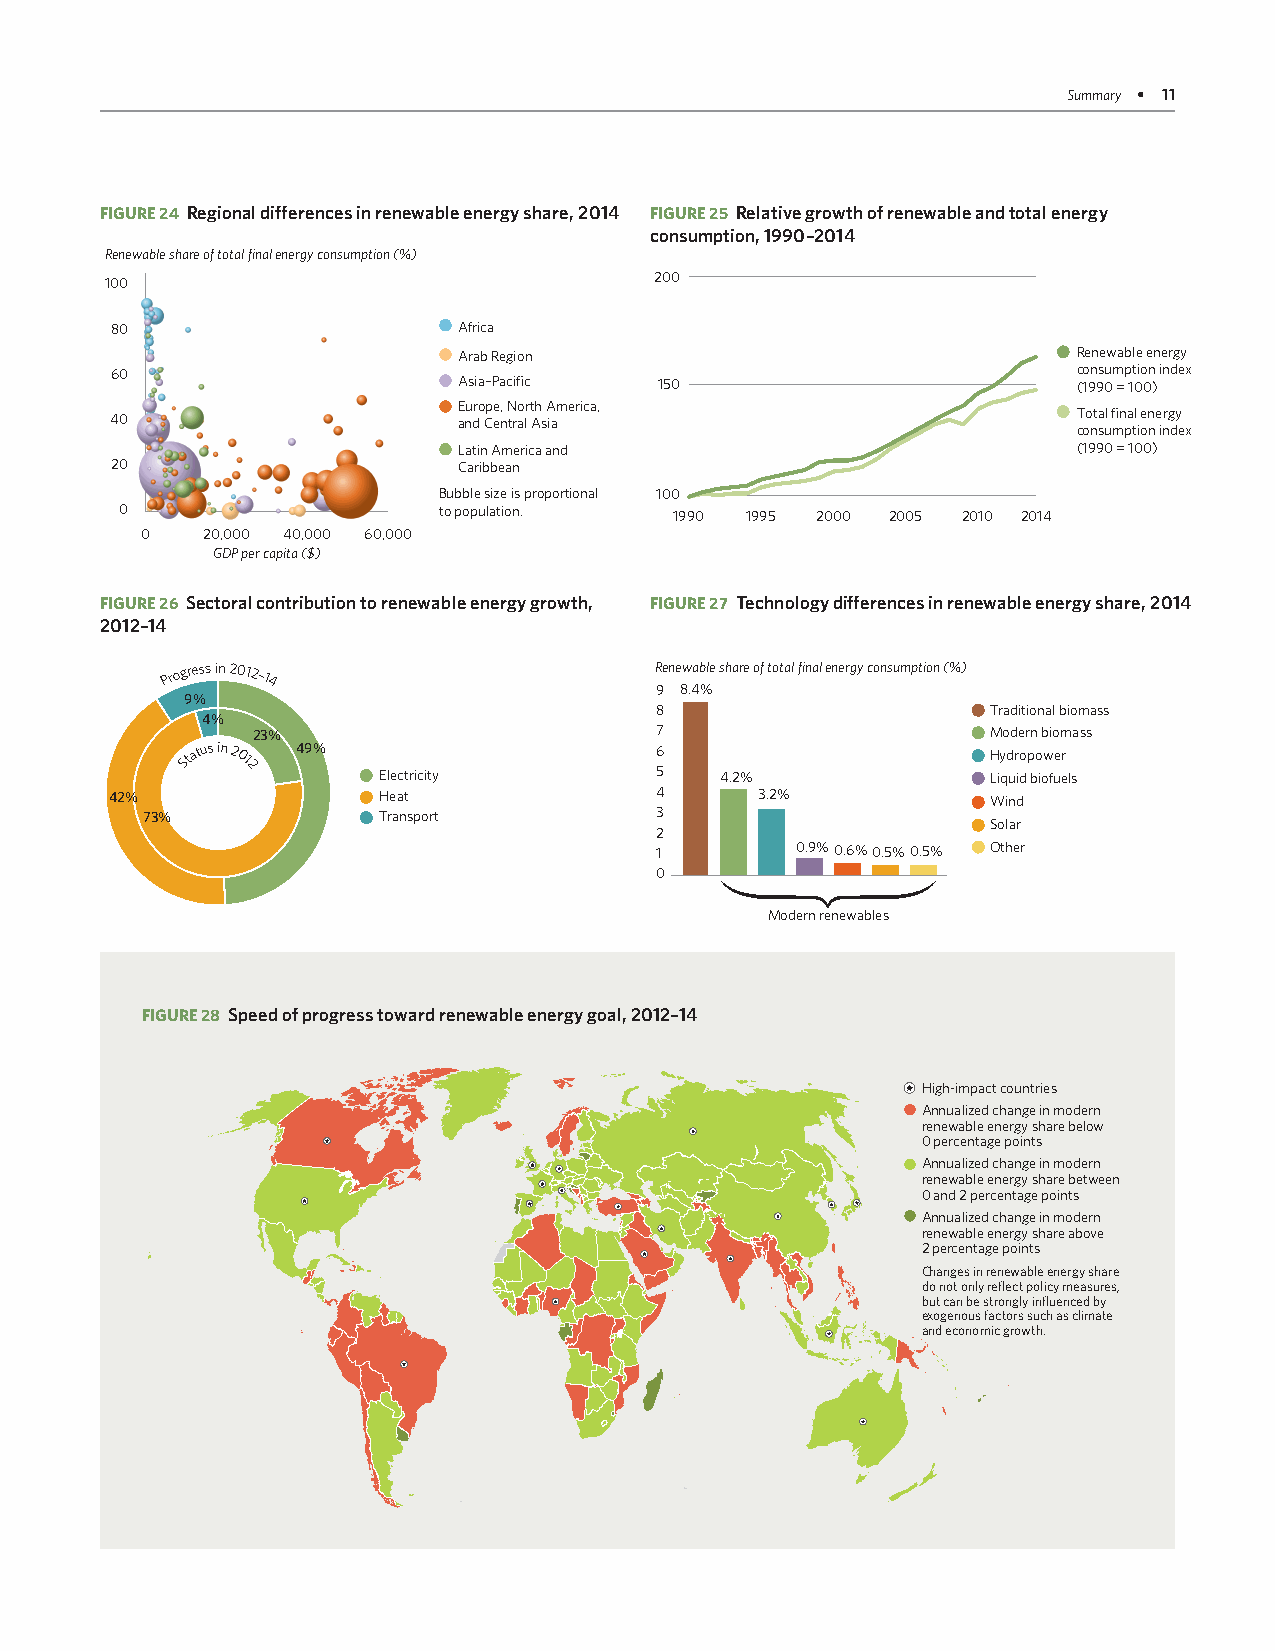
Summary • 11
 FIGURE 24 R egional differences in renewable energy share, 2014 FIGURE 25 R elative growth of renewable and total energy
 consumption, 1990–2014
 Renewable share of total final energy consumption (%)
 100                                 200
 80                     Africa
 Arab Region                              Renewable energy
 60                                                              consumption index
 Asia–Pacific  150                        (1990 = 100)
 Europe, North America,
 40                     and Central Asia                         Total final energy
 consumption index
 Latin America and                        (1990 = 100)
 20                     Caribbean
 Bubble size is proportional 100
 0                    to population.  1990 1995 2000 2005 2010 2014
 0   20,000 40,000 60,000
 GDP per capita ($)
 FIGURE 26 S ectoral contribution to renewable energy growth, FIGURE 27 T echnology differences in renewable energy share, 2014
 2012–14
 Progress in 2012–14             R 9ene 8w .4ab %le share of total final energy consumption (%)
 9%
 8                      Traditional biomass
 4%
 23%                       7                      Modern biomass
 Status in 201
 2
 49%
 Electricity
 56
 4.2%
 H Liqyd ur ido p bo iow fue er
 ls
 42%               Heat              4      3.2%            Wind
 73%             Transport         3
 Solar
 2
 1         0.9%0.6%0.5%0.5% Other
 0
 Modern renewables
 FIGURE 28 S peed of progress toward renewable energy goal, 2012–14
 High-impact countries
 Annualized change in modern
 renewable energy share below
 0 percentage points
 Annualized change in modern
 renewable energy share between
 0 and 2 percentage points
 Annualized change in modern
 renewable energy share above
 2 percentage points
 Changes in renewable energy share
 do not only reflect policy measures,
 but can be strongly influenced by
 exogenous factors such as climate
 and economic growth.